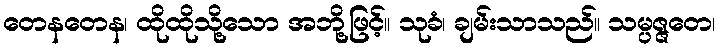
တေနတေန၊ ထိုထိုသို့သော အဘို့ဖြင့်။ သုခံ၊ ချမ်းသာသည်။ သမ္ပဇ္ဇတေ၊